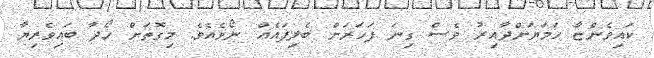
ކައިވެންޏާ ހަމަޔަށްދާއިރު ވެސް ގިނަ ފަހަރަށް ބެލިފައެއް ނޯވެއެވެ. މިގޮތަށް ހޯދާ ބައިވެރިޔާ